Document type: Grant of rights
Year: 1254
Scribe: Jaume de Port
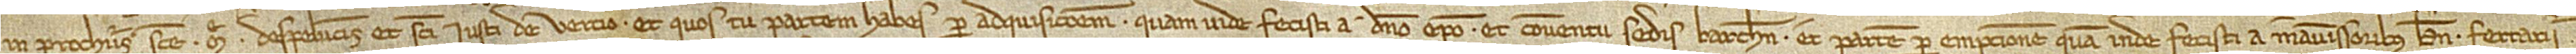
in parrochiis Sancte Marie de Speluncis et Sancti Iusti de Vercio, et quos tu partem habes per adquisitionem quam inde fecisti a domino episcopo et conventu Sedis Barchinone et partem per empcionem quam inde fecisti a manumissoribus Bernardi Ferrarii,